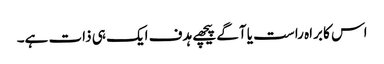
اس کا براہ راست یا آگے پیچھے ہدف ایک ہی ذات ہے۔